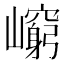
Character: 𡾈